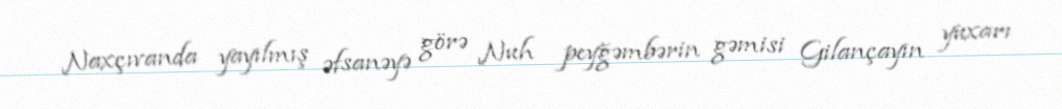
Naxçıvanda yayılmış əfsanəyə görə Nuh peyğəmbərin gəmisi Gilançayın yuxarı